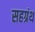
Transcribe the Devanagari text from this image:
सहग्रंथ